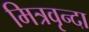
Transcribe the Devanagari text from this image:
मित्रवृन्दा